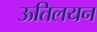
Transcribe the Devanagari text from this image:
ऊतिलयन